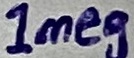
Text: 1meg